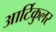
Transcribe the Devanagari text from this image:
आर्टिकुलर